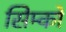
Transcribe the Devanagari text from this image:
सिम्को